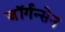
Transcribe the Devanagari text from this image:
जॉर्गन्सेन